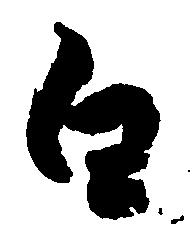
白